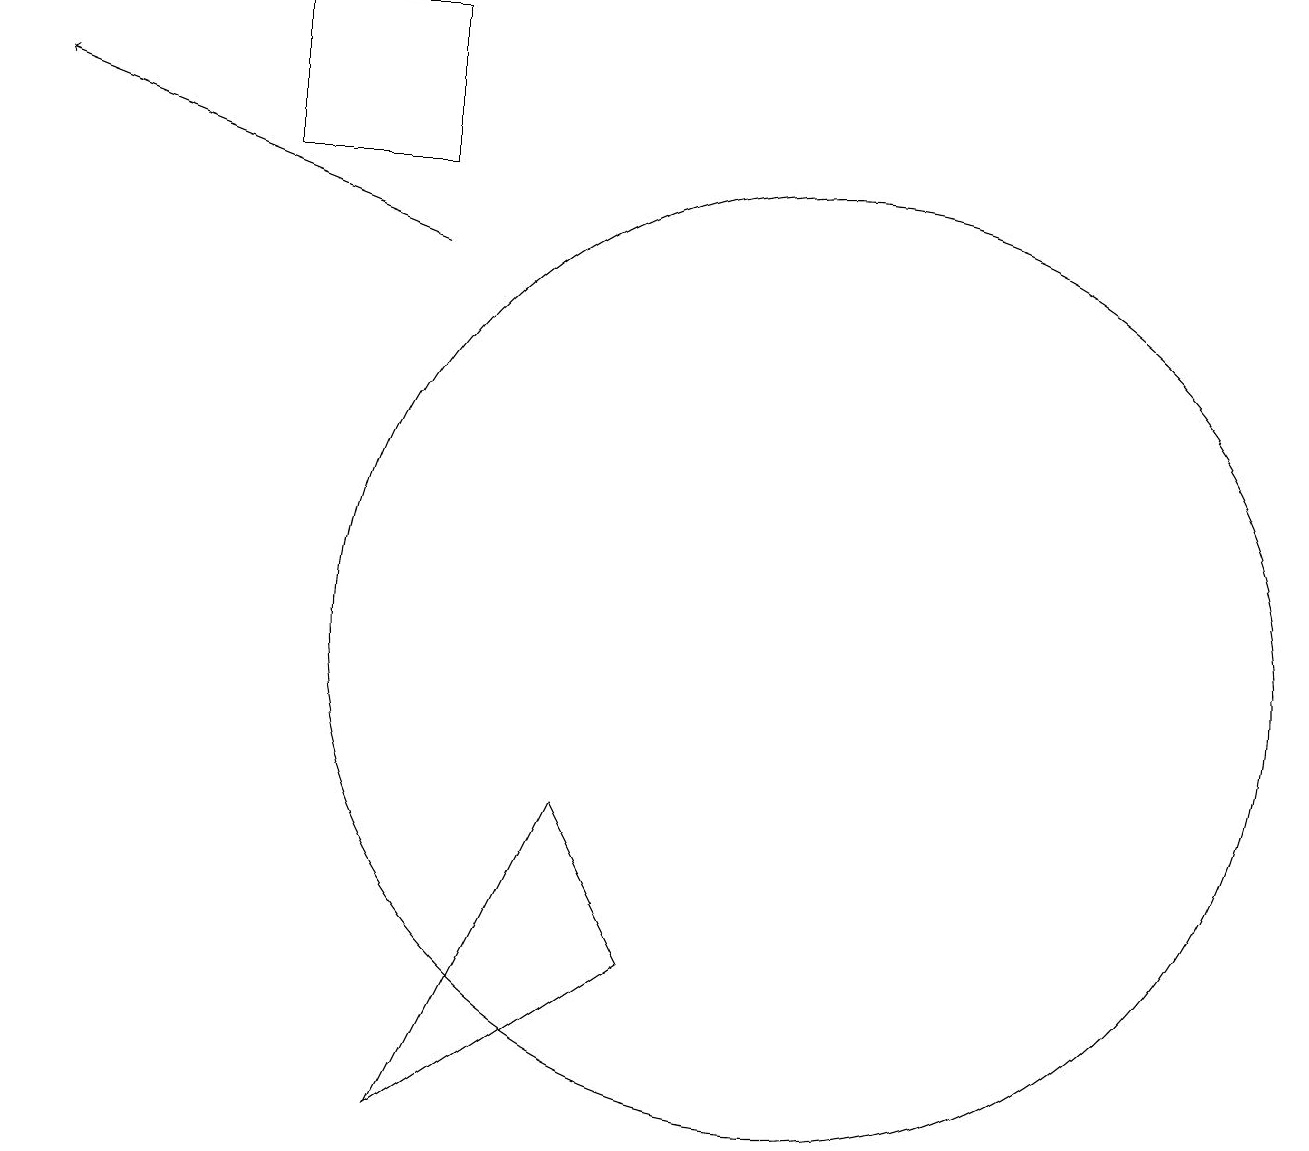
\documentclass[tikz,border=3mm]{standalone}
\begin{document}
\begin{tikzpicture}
\draw[->] (6,15) -- (1,17);
\draw (6,4) -- (8,8) -- (9,6) -- cycle;
\draw (4,16) rectangle (6,18);
\draw (11,10) circle (6);
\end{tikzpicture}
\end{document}